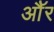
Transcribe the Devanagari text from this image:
औॅर